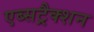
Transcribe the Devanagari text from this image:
एब्सट्रैक्शन